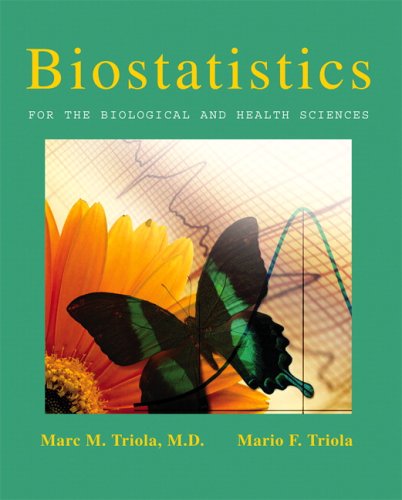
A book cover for Biostatistics for the Biological and Health Sciences; Marc M. Triola; Medical Books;